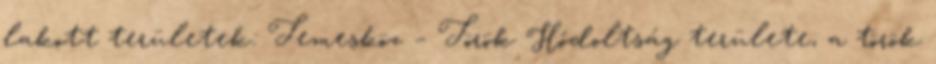
lakott területek: Temesköz – Török Hódoltság területe, a török